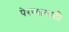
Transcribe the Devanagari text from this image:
पेरण्यासाठी